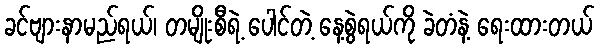
ခင်ဗျားနာမည်ရယ်၊ တမျိုးစီရဲ့ ပေါင်တဲ့ နေ့စွဲရယ်ကို ခဲတံနဲ့ ရေးထားတယ်